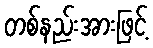
တစ်နည်းအားဖြင့်